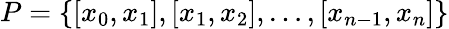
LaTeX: P=\left\{ [x_{0},x_{1}],[x_{1},x_{2}],\dots,[x_{n-1},x_{n}]\right\}